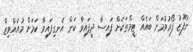
ނުފޫޒު ފޯރުވުމަށް ބައެއް ޓީމްތަކަށް ފައިސާ ދީފައިވާ ކަން އެނގިފައިވާ ކަމަށް މުއައްވިޒް